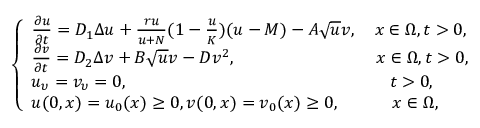
\left\{ \begin{array} { l l } { \frac { \partial u } { \partial t } = D _ { 1 } \Delta u + \frac { r u } { u + N } ( 1 - \frac { u } { K } ) ( u - M ) - A \sqrt { u } v , \ \ \ x \in \Omega , t \textgreater 0 , } \\ { \frac { \partial v } { \partial t } = D _ { 2 } \Delta v + B \sqrt { u } v - D v ^ { 2 } , \ \ \ \ \ \ \ \ \ \ \ \ \ \ \ \ \ \ \ \ \ \ \ \ x \in \Omega , t \textgreater 0 , } \\ { u _ { \upsilon } = v _ { \upsilon } = 0 , \ \ \ \ \ \ \ \ \ \ \ \ \ \ \ \ \ \ \ \ \ \ \ \ \ \ \ \ \ \ \ \ \ \ \ \ \ \ \ \ \ \ \ \ \ t \textgreater 0 , } \\ { u ( 0 , x ) = u _ { 0 } ( x ) \geq 0 , v ( 0 , x ) = v _ { 0 } ( x ) \geq 0 , \ \ \ \ \ \ \ \ \ x \in \Omega , } \end{array} \right.